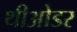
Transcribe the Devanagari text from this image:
थीओडर